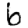
Digit: 6